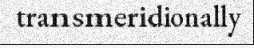
transmeridionally